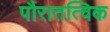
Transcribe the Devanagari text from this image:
पौरातत्विक